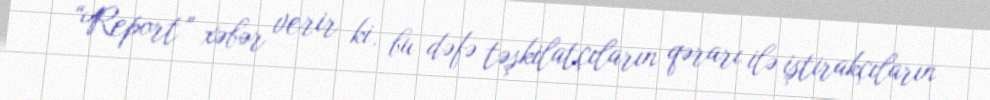
“Report” xəbər verir ki, bu dəfə təşkilatçıların qərarı ilə iştirakçıların